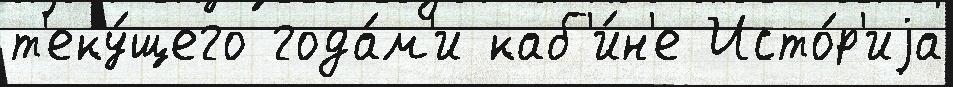
т'еку́щего года́м'и каб'и́н'е Исто́р'иjа